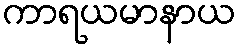
ကာရယမာနာယ